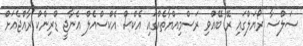
ސަލްސާ ރޯޔަލްގައި ރޭ ބޭއްވި ރަސްމިއްޔާތެއްގައި އެކްސް އެކްސްއެލް އެނާޖީ ޑްރިންކް ރާއްޖެއަށް